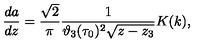
\frac { d a } { d z } = \frac { \sqrt { 2 } } { \pi } \frac { 1 } { \vartheta _ { 3 } ( \tau _ { 0 } ) ^ { 2 } \sqrt { z - z _ { 3 } } } K ( k ) ,